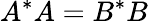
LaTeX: A^{*}A=B^{*}B